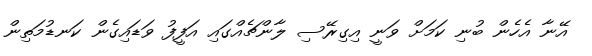
އޭނާ އެހެން ބުނި ކަމަށް ވަނީ އިގިރޭސި ލާންޗެއްގައި އަފީފު ވަޑައިގެން ކަނޑުމަތިން